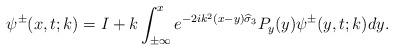
LaTeX: \begin{align*}\psi^{\pm}(x,t;k)=I+k\int_{ \pm \infty }^{ x }e^{-2ik^2(x-y)\widehat{\sigma}_3}P_y(y)\psi^{\pm}(y,t;k) dy.\end{align*}